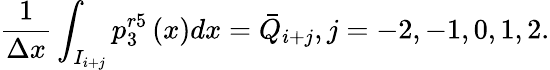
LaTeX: \frac{1}{\Delta x}\int_{{{I}_{i+j}}}{p_{3}^{r5}\left(x\right)dx}={{\bar{Q}}_{i+j}},j=-2,-1,0,1,2.